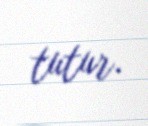
tutur.